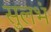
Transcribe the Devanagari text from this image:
सुलभं